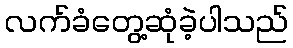
လက်ခံတွေ့ဆုံခဲ့ပါသည်